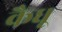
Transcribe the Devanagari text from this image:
कैधू